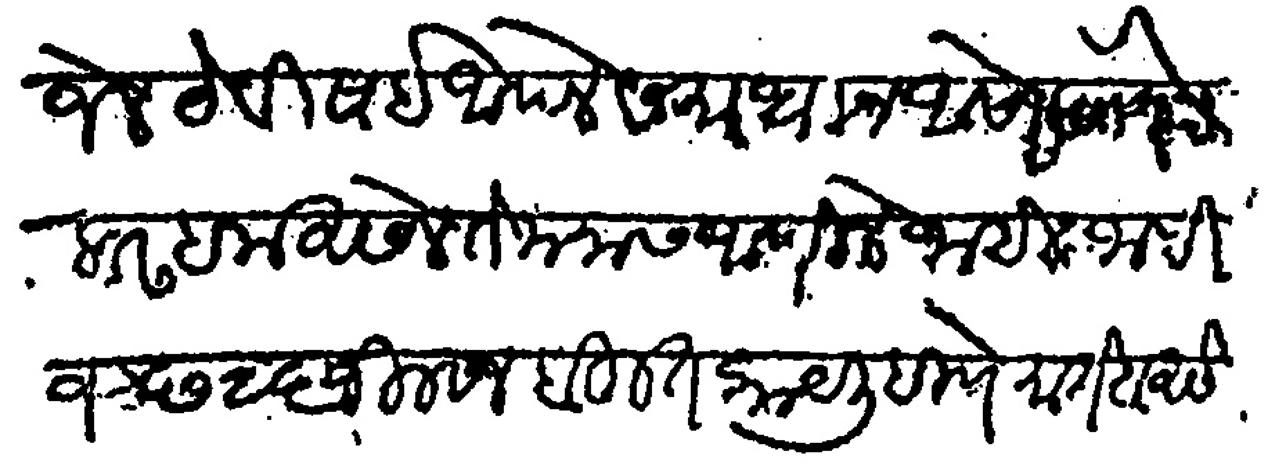
Transliteration (Devanagari): भेटे विषई आपले समाधान असो देणे बरहक असेल ते मनास आणले जाईल जाणीजे छ २६ जिलकाद बहुत काय लिहीणे मोर्तब असे